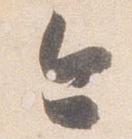
今